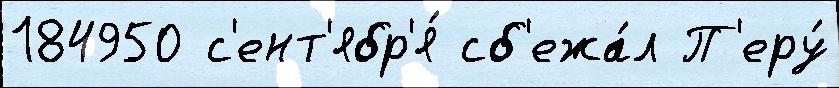
184950 с'ент'ябр'я́ сб'ежа́л П'еру́